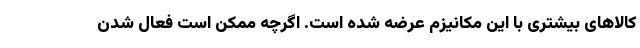
کالاهای بیشتری با این مکانیزم عرضه شده است. اگرچه ممکن است فعال شدن